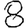
Digit: 8